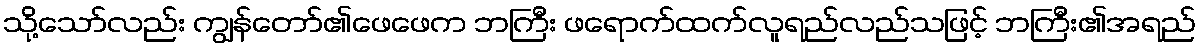
သို့သော်လည်း ကျွန်တော်၏ဖေဖေက ဘကြီး ဖရောက်ထက်လူရည်လည်သဖြင့် ဘကြီး၏အရည်